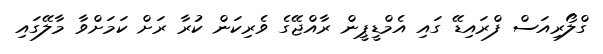
ގްލޯރިއަސް ފްރައިޑޭ ގައި އެމްޑީޕީން ރާއްޖޭގެ ވެރިކަން ކުރާ ރަށް ކަމަށްވާ މާލޭގައި